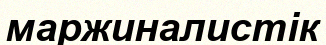
маржиналистік